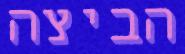
הביצה